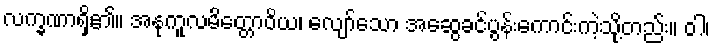
လက္ခဏာရှိ၏။ အနုကူလမိတ္တောဝိယ၊ လျော်သော အဆွေခင်ပွန်းကောင်းကဲ့သို့တည်း။ ဝါ၊